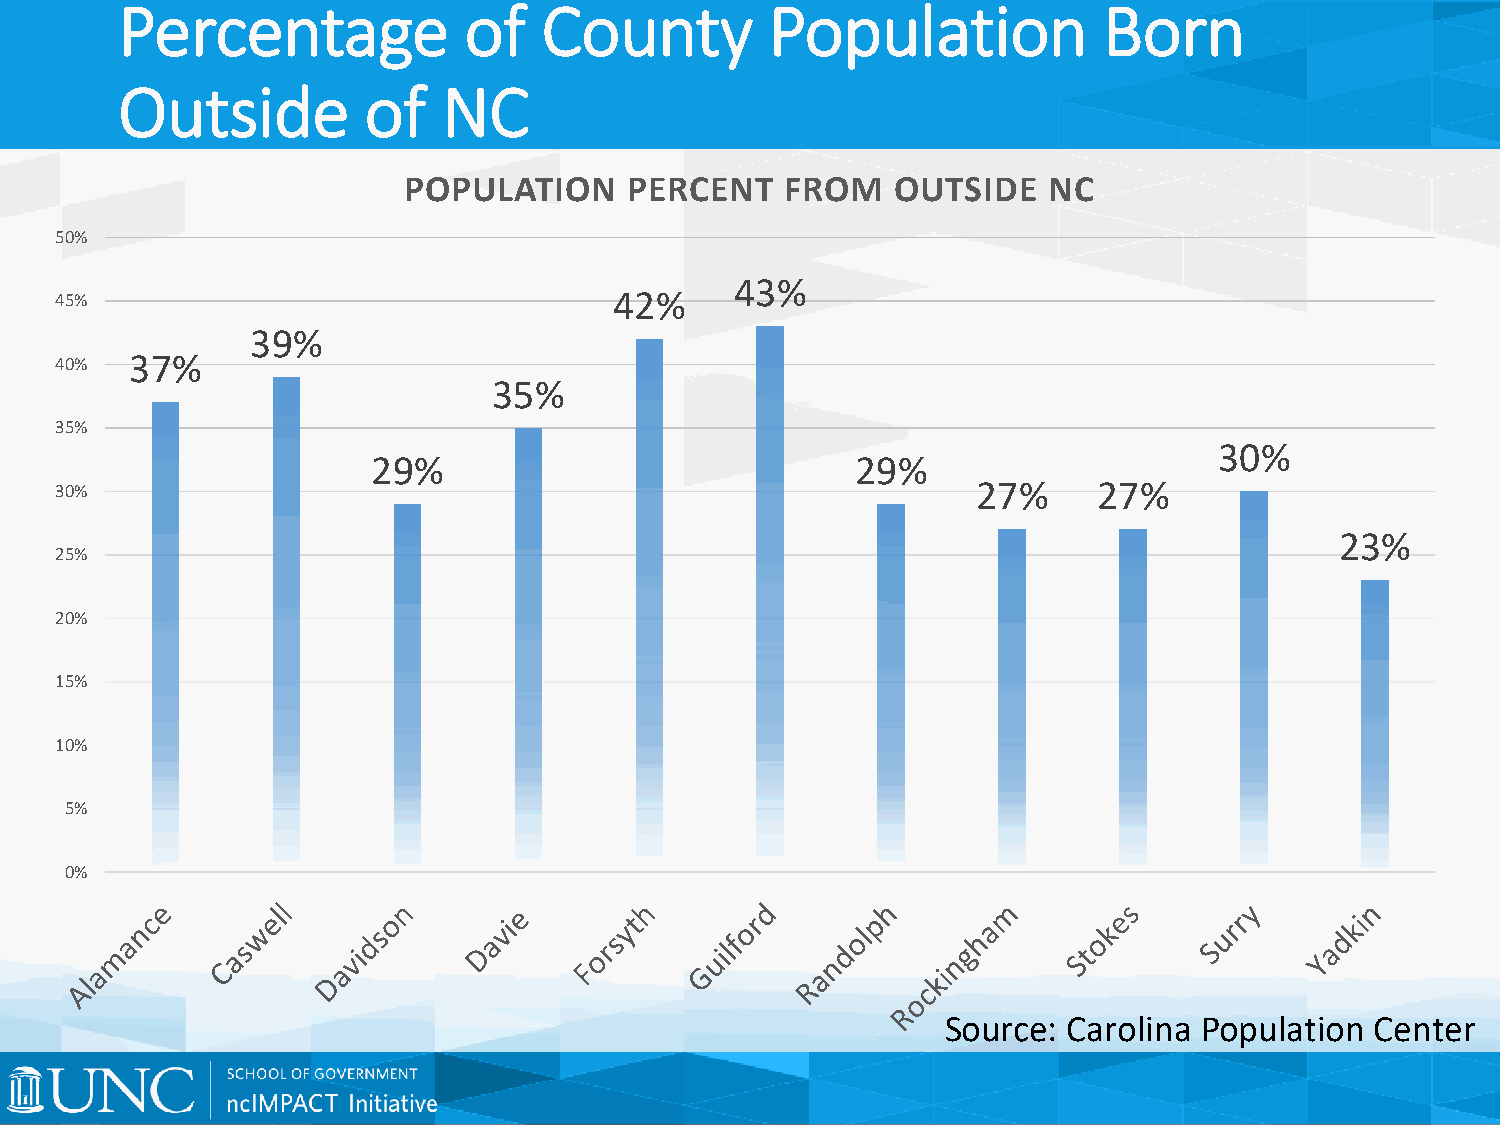
Percentage             of   County         Population            Born
 Outside         of   NC
 POPULATION     PERCENT   FROM   OUTSIDE   NC
 50%
 43%
 45%                                  42%
 39%
 40%  37%
 35%
 35%
 30%
 29%                             29%
 30%                                                          27%     27%
 23%
 25%
 20%
 15%
 10%
 5%
 0%
 Source: Carolina Population Center